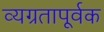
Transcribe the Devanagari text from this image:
व्यग्रतापूर्वक